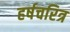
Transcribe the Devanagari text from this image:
हर्षचरित्र